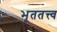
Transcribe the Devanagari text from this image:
भूततत्त्व